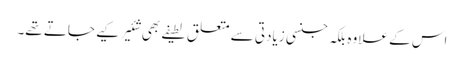
اس کے علاوہ بلکہ جنسی زیادتی سے متعلق لطیفے بھی شئیر کیے جاتے تھے۔